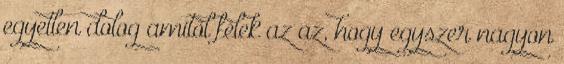
egyetlen dolog amitől félek az az, hogy egyszer nagyon